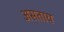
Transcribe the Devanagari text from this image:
असताय